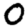
Digit: 0